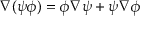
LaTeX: \nabla ( \psi \phi ) = \phi \nabla \psi + \psi \nabla \phi